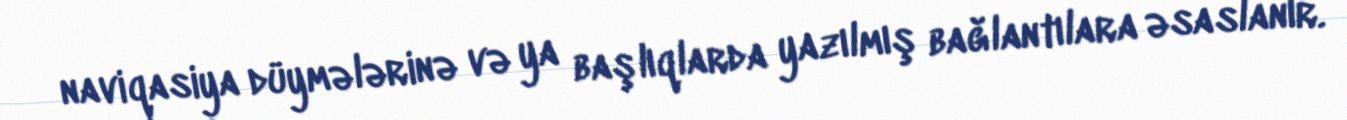
naviqasiya düymələrinə və ya başlıqlarda yazılmış bağlantılara əsaslanır.